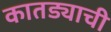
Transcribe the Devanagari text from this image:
कातड्याची